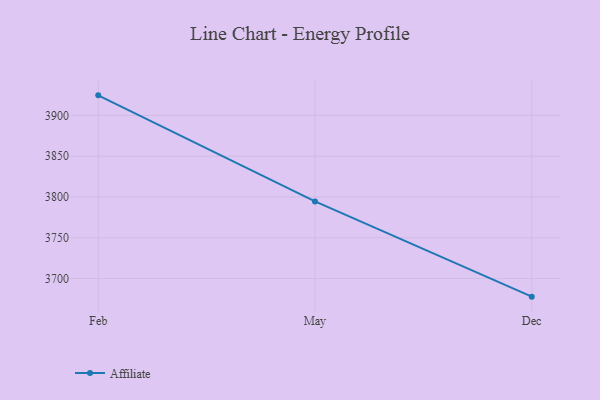
{"axis": {"x": "Month", "y": "Backlog"}, "legend": ["Affiliate"], "data": [{"x": "Feb", "y": 3924.6, "type": "Affiliate"}, {"x": "May", "y": 3794.6, "type": "Affiliate"}, {"x": "Dec", "y": 3677.8, "type": "Affiliate"}]}